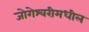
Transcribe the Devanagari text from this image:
जोगेश्वरीमधील